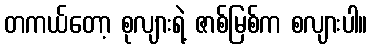
တကယ်တော့ စုလျားရဲ့ ဇာစ်မြစ်က စလျားပါ။